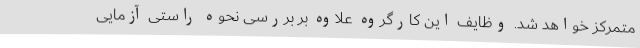
متمرکز خواهد شد. وظایف این کارگروه علاوه بر بررسی نحوه راستی آزمایی